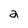
Character: 2